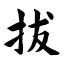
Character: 拔